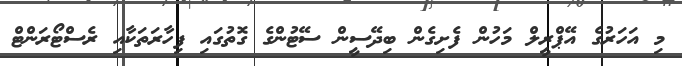
މި އަހަރުގެ އޭޕްރީލް މަހުން ފެށިގެން ބިދޭސީން ސޭޓުންގެ ގޮތުގައި ފިހާރަތަކާއި ރެސްޓޯރަންޓް